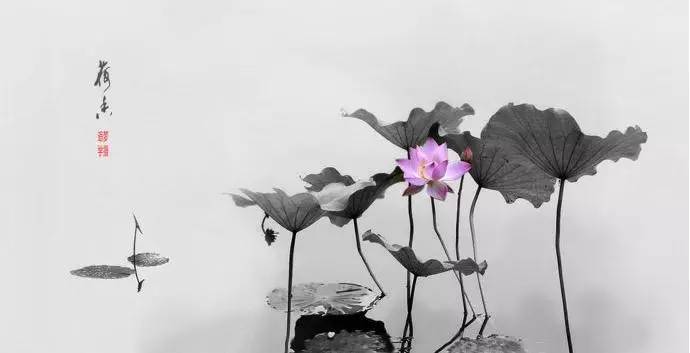
意内称长短，终身荷圣情。